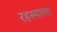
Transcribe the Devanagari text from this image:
रहस्याला